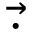
\vec { \cdot }